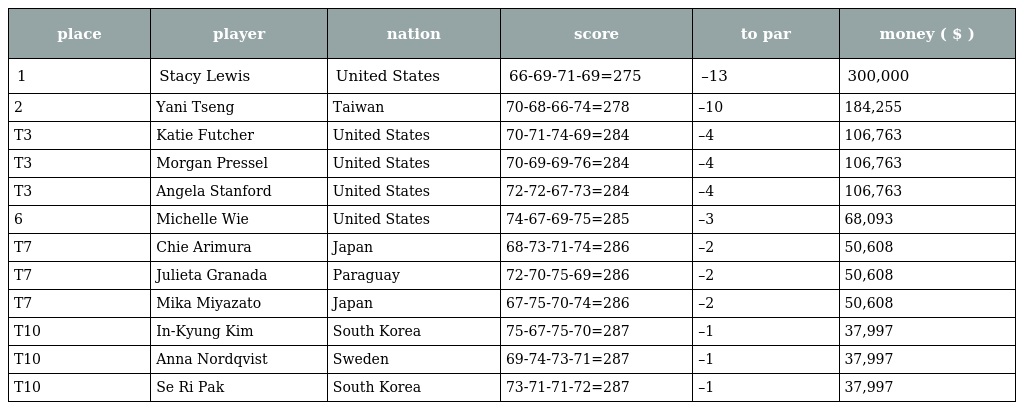
| place | player | nation | score | to par | money ( $ ) |
 | --- | --- | --- | --- | --- | --- |
 | 1 | Stacy Lewis | United States | 66-69-71-69=275 | –13 | 300,000 |
 | 2 | Yani Tseng | Taiwan | 70-68-66-74=278 | –10 | 184,255 |
 | T3 | Katie Futcher | United States | 70-71-74-69=284 | –4 | 106,763 |
 | T3 | Morgan Pressel | United States | 70-69-69-76=284 | –4 | 106,763 |
 | T3 | Angela Stanford | United States | 72-72-67-73=284 | –4 | 106,763 |
 | 6 | Michelle Wie | United States | 74-67-69-75=285 | –3 | 68,093 |
 | T7 | Chie Arimura | Japan | 68-73-71-74=286 | –2 | 50,608 |
 | T7 | Julieta Granada | Paraguay | 72-70-75-69=286 | –2 | 50,608 |
 | T7 | Mika Miyazato | Japan | 67-75-70-74=286 | –2 | 50,608 |
 | T10 | In-Kyung Kim | South Korea | 75-67-75-70=287 | –1 | 37,997 |
 | T10 | Anna Nordqvist | Sweden | 69-74-73-71=287 | –1 | 37,997 |
 | T10 | Se Ri Pak | South Korea | 73-71-71-72=287 | –1 | 37,997 |